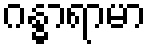
ဂန္ဓာရာမာ